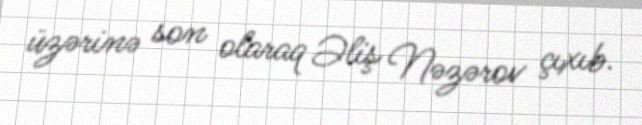
üzərinə son olaraq Əliş Nəzərov çıxıb.